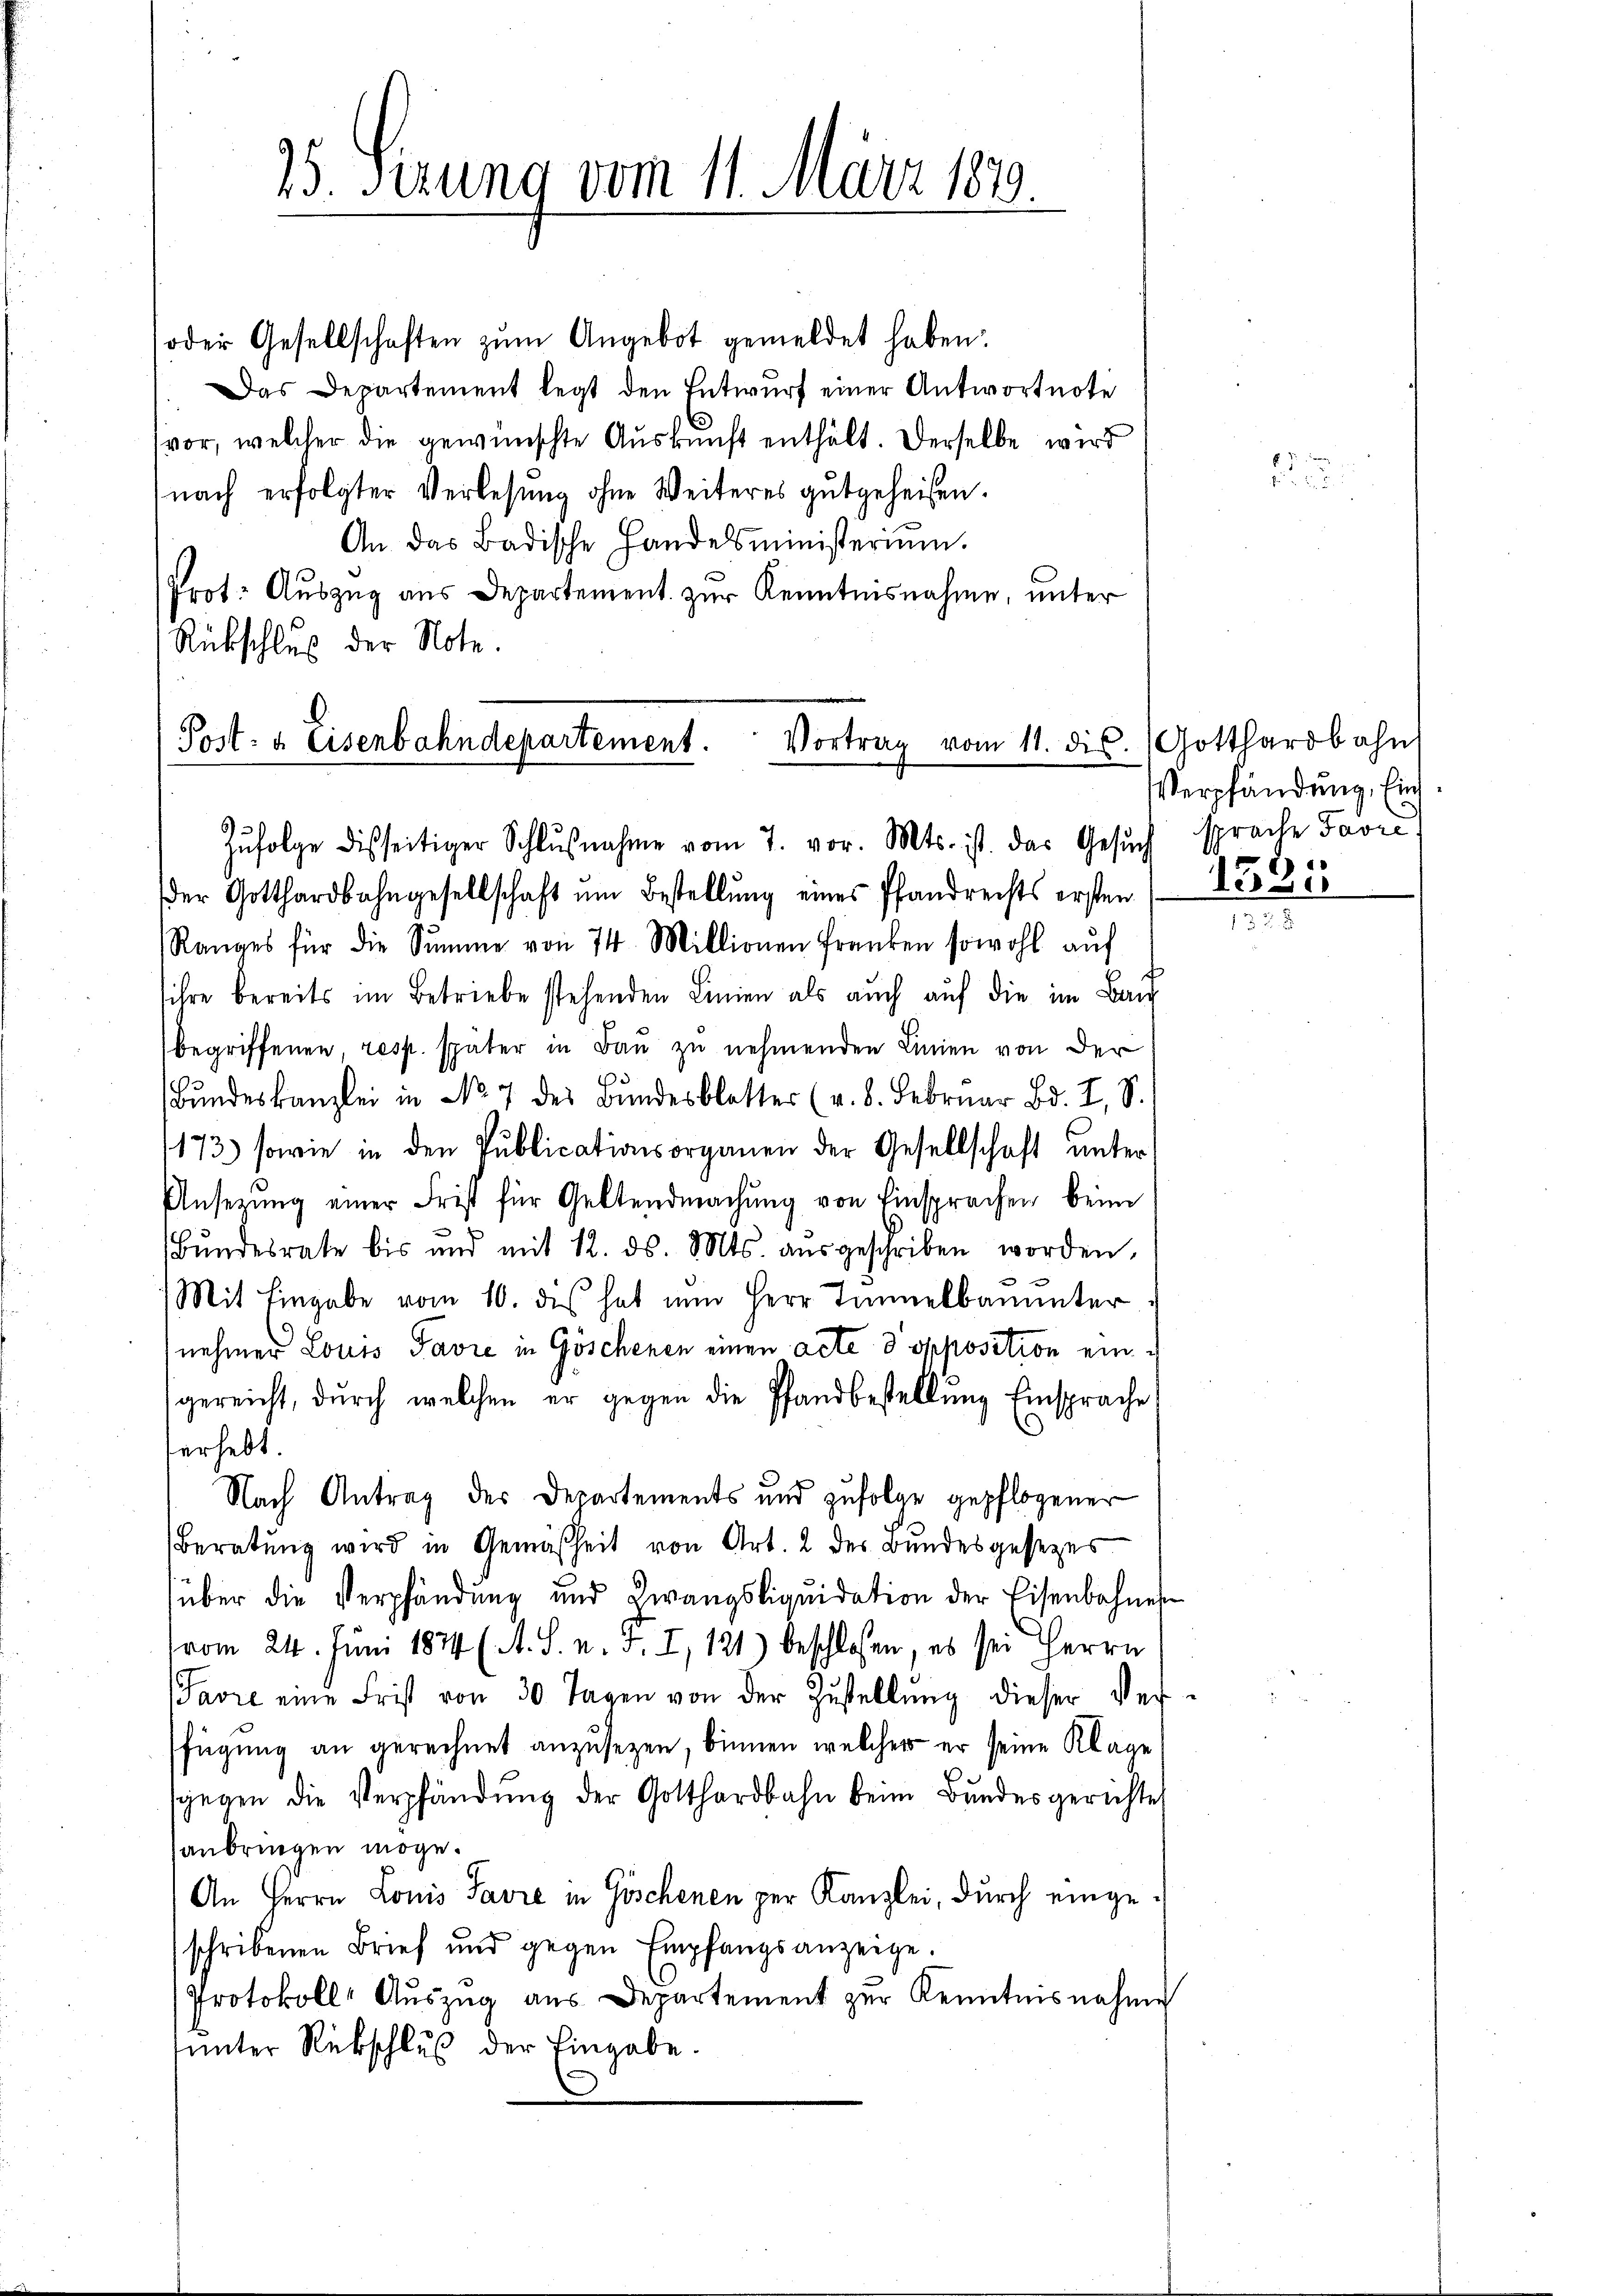
25. Serung vom 11. März 189.

oder Gesellschaften zŭm Angebot gemeldet haben.
Das Departement legt den Entwurf einer Antwortnote
vor, welcher die gewünschte Aŭskŭnft enthält. Derselbe wird
(nach erfolgter Verlesung ohne Weiteres gutgeheisen.
An das Badische Handelsministerium.
Prot. Auszug aus Departement zur Kenntnisnahme, unter
Rückschluß der Note.
Zŭfolge disseitiger Schlŭβnahme vom 7. vor. Mts. ist. das Gesŭch
der Gotthardbahngesellschaft um Bestellung eines Pfandrechts ersten
Ranges für die Summe von 74. Millionen Franken sowohl aŭf
ihre bereits im Betriebe stehenden Linien als auch auf die im Ban
begriffenen, resp. später in Bau zu nehmenden Linien von der
Bŭndeskanzlei in No 7 des Bundesblatter (v. 8. Februar Bd. I, S.
173) sowie in den Publicationsorganen der Gesellschaft unter
Ansezung einer Frist für Geltendmachung von Einsprachen beim
Bŭndesrate bis und mit 12. ds. Mts. aŭsgeschriben worden,
Mit Eingabe vom 10. des hat nun Herr Tunnelbauter
nehmer Louis Favre in Göschenen einen acte 8 opposition ein
gereicht, durch welchen er gegen die Pfandbestellung Einsprache
herhebt.
Nach Antrag des Departements und zufolge gepflogener
Beratŭng wird in Gemäßheit von Art. 2 des Bundesgesezes
über die Verpfändung und Zwangsliqŭidation der Eisenbahnen
vom 24. Juni 1844 (A. S. n. F. I, 121) beschlossen, es sei Herrn
Javre eine Frist von 30 Tagen von der Zŭstellŭng dieser Ver-
fügung an gerechnet anzusetzen, binnen, welcher er seine Klage,
sgegen die Verpfändung der Gotthardbahn beim Bundesgerichtes
anbringen möge.
An Herrn Louis Favre in Göschenen per Kanzlei, durch eingeschribenen Brief und gegen Empfangsanzeige.
Protokoll Auszug aus Departement zur Kenntnisnahme
sunter Rückschluß der Eingabe.
d

Post- & Eisenbahndepartement. Vortrag vom 11. ds. Gotthardbahn

2

Verpfändung. Einsprache Favre
)

lisse